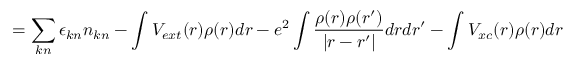
= \sum _ { k n } \epsilon _ { k n } n _ { k n } - \int V _ { e x t } ( r ) \rho ( r ) d r - e ^ { 2 } \int \frac { \rho ( r ) \rho ( r ^ { \prime } ) } { | r - r ^ { \prime } | } d r d r ^ { \prime } - \int V _ { x c } ( r ) \rho ( r ) d r